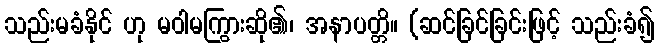
သည်းမခံနိုင် ဟု မဝါမကြွားဆို၏၊ အနာပတ္တိ။ (ဆင်ခြင်ခြင်းဖြင့် သည်းခံ၍